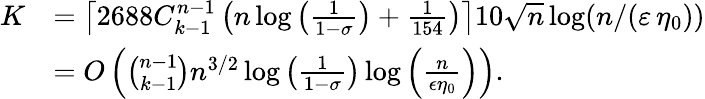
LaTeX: \begin{array}{rl}{K}&{=\left\lceil 2688{C_{k-1}^{n-1}}\left(n\log\left(\frac{1}{1-\sigma}\right)+\frac{1}{154}\right)\right\rceil 10\sqrt{n}\log(n/(\varepsilon\, \eta_{0}))}\\ &{=O\left({\binom{n-1}{k-1}}n^{3/2}\log\left(\frac{1}{1-\sigma}\right)\log\left(\frac{n}{\epsilon\eta_{0}}\right)\right).}\end{array}